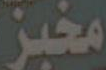
مخبز